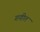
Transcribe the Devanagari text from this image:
गणीत